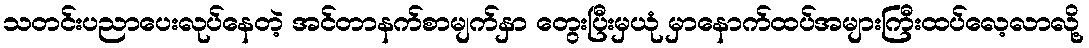
သတင်းပညာပေးလုပ်နေတဲ့ အင်တာနက်စာမျက်နှာ တွေးပြီးမှယုံ မှာနောက်ထပ်အများကြီးထပ်လေ့လာလို့